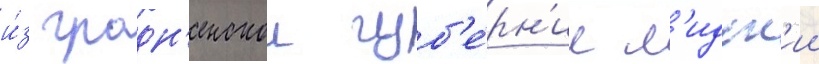
и́з гродн'енскои губ'е́рн'ии л'идск'ии